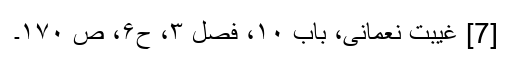
[7] غیبت نعمانی، باب ۱۰، فصل ۳، ح۶، ص ۱۷۰۔